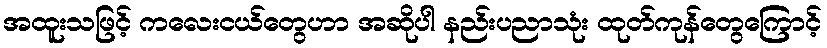
အထူးသဖြင့် ကလေးငယ်တွေဟာ အဆိုပါ နည်းပညာသုံး ထုတ်ကုန်တွေကြောင့်